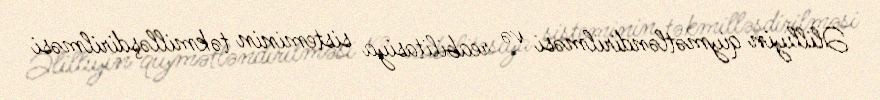
Əlilliyin qiymətləndirilməsi və reabilitasiya sisteminin təkmilləşdirilməsi